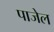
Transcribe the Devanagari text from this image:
पाजेल